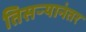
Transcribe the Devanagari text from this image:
तिसऱ्यानंतर